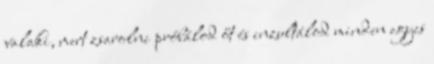
valaki, mert zsarolni próbálod őt és inzultálod minden egyes